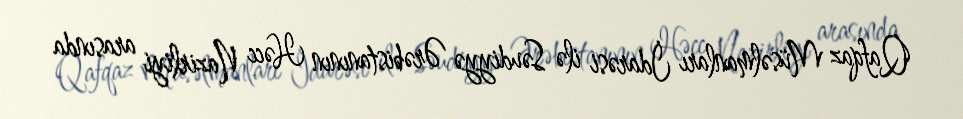
Qafqaz Müsəlmanları İdarəsi ilə Səudiyyə Ərəbistanının Həcc Nazirliyi arasında